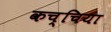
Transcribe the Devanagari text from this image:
कच्चिया